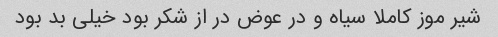
شیر موز کاملا سیاه و در عوض در از شکر بود خیلی بد بود